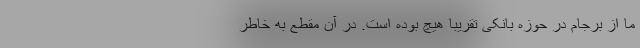
ما از برجام در حوزه بانکی تقریبا هیچ بوده است. در آن مقطع به خاطر